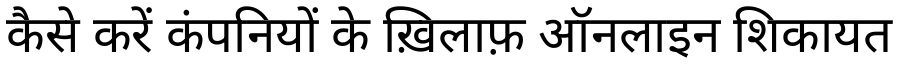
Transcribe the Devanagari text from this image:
कैसे करें कंपनियों के ख़िलाफ़ ऑनलाइन शिकायत